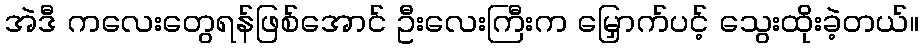
အဲဒီ ကလေးတွေရန်ဖြစ်အောင် ဦးလေးကြီးက မြှောက်ပင့် သွေးထိုးခဲ့တယ်။